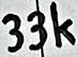
Text: 33k